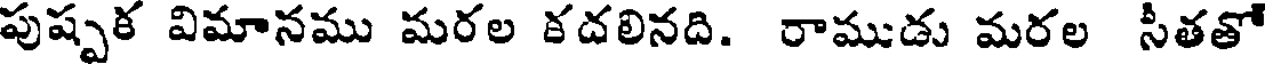
పుష్పక విమానము మరల కదలినది. రాముడు మరల సీతతో